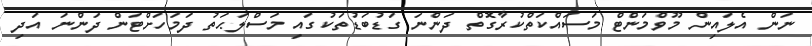
ނަން އެލައިން މޫވްމަންޓް މަސައްކަތްކުރާގޮތް ދަންނަ ގަޑުބަޑުތަކުގައި މަސްލަޙަތު ދަމަހަށްޓަން ދަންނަ އަދި